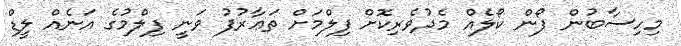
މިހިސާބުން ފޯން ކޯލެއް މެދުވެރިކޮށް ފިލްމަށް ތަޢާރުފު ވަނީ ފިލްމުގެ އަނެއް ލީޑް